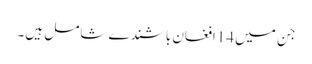
جن میں 14افغان باشندے شامل ہیں۔